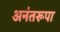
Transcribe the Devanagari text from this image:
अनंतरूपा